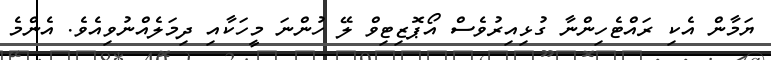
ޔަމާން އެކި ރައްޓެހިންނާ ގުޅިއިރުވެސް އޯޕޮޒިޓިވް ލޭ ހުންނަ މީހަކާއި ދިމަލެއްނުވިއެވެ. އެންމެ